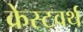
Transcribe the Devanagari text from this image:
क्रेस्टवर्थ